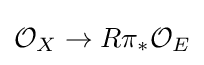
{\mathcal {O}}_{X}\to R\pi _{*}{\mathcal {O}}_{E}